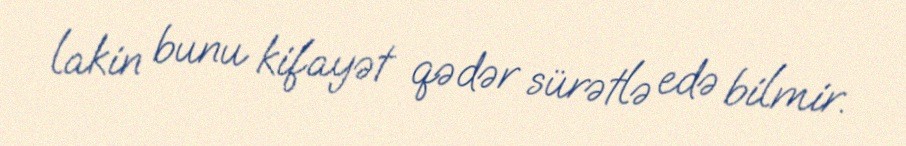
lakin bunu kifayət qədər sürətlə edə bilmir.